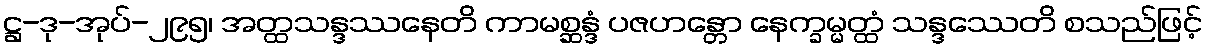
ဋ္ဌ-ဒု-အုပ်-၂၉၅၊ အတ္ထသန္ဒဿနေတိ ကာမစ္ဆန္ဒံ ပဇဟန္တော နေက္ခမ္မတ္ထံ သန္ဒဿေတိ စသည်ဖြင့်